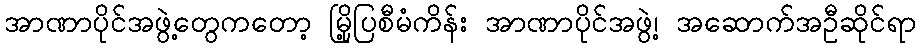
အာဏာပိုင်အဖွဲ့တွေကတော့ မြို့ပြစီမံကိန်း အာဏာပိုင်အဖွဲ့၊ အဆောက်အဦဆိုင်ရာ